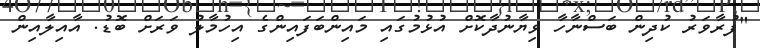
"ފުރާވަރު ކުދިން ބަސްނާހާ ވިޔާނުދާކޮށް އުޅުމުގައި މައިންބަފައިންގެ އިހުމާލު ވަރަށް ބޮޑު. އާއިލާއިން